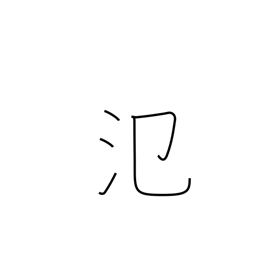
Meaning: spread out